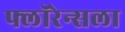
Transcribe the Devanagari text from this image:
फ्लॉरेन्सला